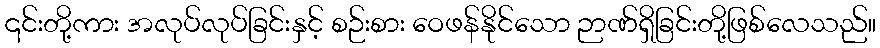
၎င်းတို့ကား အလုပ်လုပ်ခြင်းနှင့် စဉ်းစား ဝေဖန်နိုင်သော ဉာဏ်ရှိခြင်းတို့ဖြစ်လေသည်။